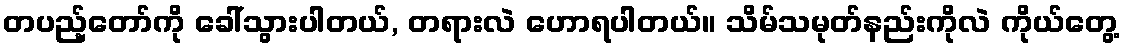
တပည့်တော်ကို ခေါ်သွားပါတယ်, တရားလဲ ဟောရပါတယ်။ သိမ်သမုတ်နည်းကိုလဲ ကိုယ်တွေ့